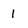
Character: 1